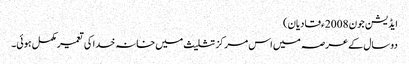
ایڈیشن جون 2008ء قادیان)
دو سال کے عرصہ میں اس مرکز تثلیث میں خانہ خدا کی تعمیر مکمل ہوئی۔